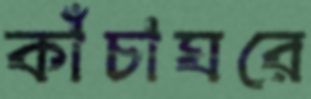
কাঁচাঘরে